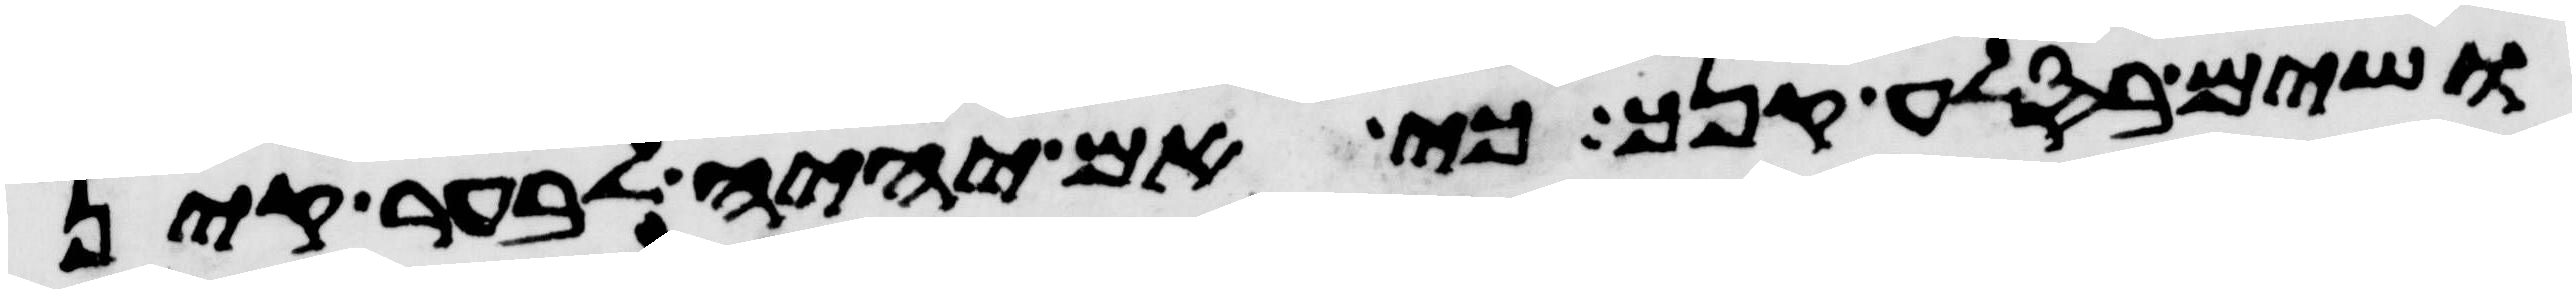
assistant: ושים בסלע קנך כי אם יהיה לבער קין